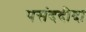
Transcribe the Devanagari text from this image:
पसंददीदा